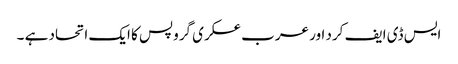
ایس ڈی ایف کرد اور عرب عسکری گروپس کا ایک اتحاد ہے ۔